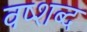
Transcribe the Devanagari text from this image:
वष्शब्द